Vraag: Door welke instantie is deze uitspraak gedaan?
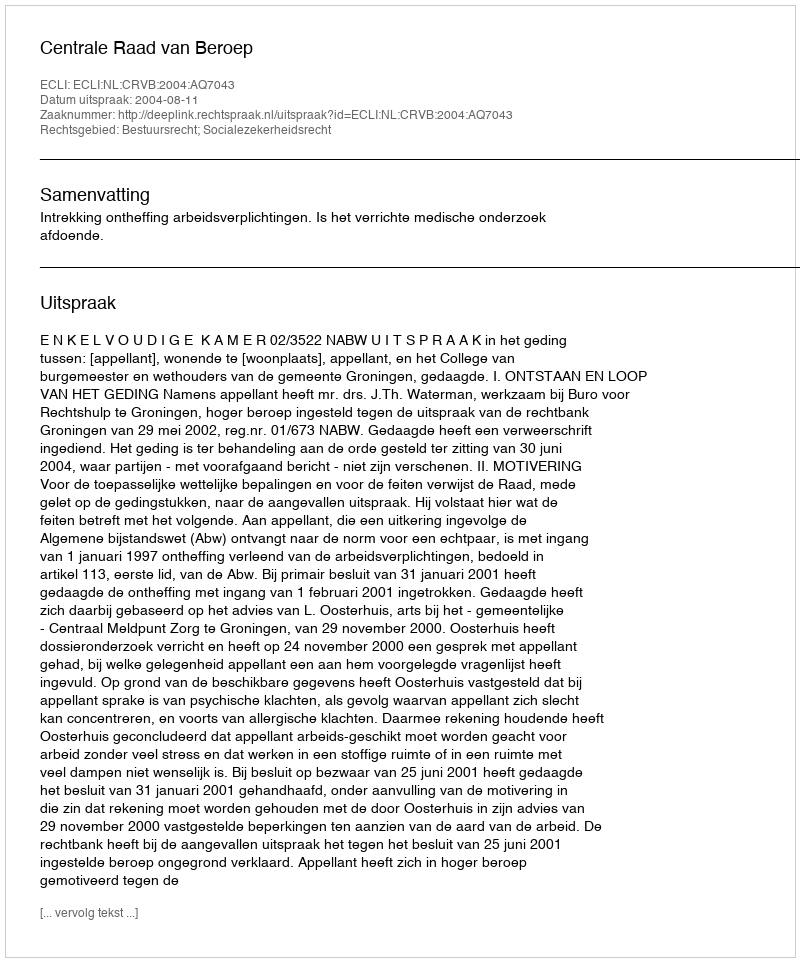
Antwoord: Centrale Raad van Beroep